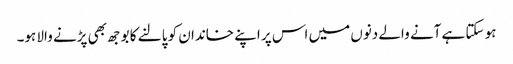
ہو سکتا ہے آنے والے دنوں میں اس پر اپنے خاندان کو پالنے کا بوجھ بھی پڑنے والا ہو۔